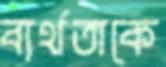
ব্যর্থতাকে